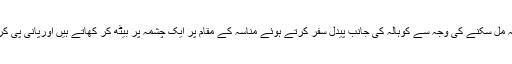
جوپراٹھے پکاکر دیتی ہیں وہ دھیرکوٹ سے بس نہ مل سکنے کی وجہ سے کوہالہ کی جانب پیدل سفر کرتے ہوئے مناسہ کے مقام پر ایک چشمہ پر بیٹھ کر کھاتے ہیں اورپانی پی کر اللہ کا شکراداکرتے ہوئے سفرجاری رکھتے ہیں۔